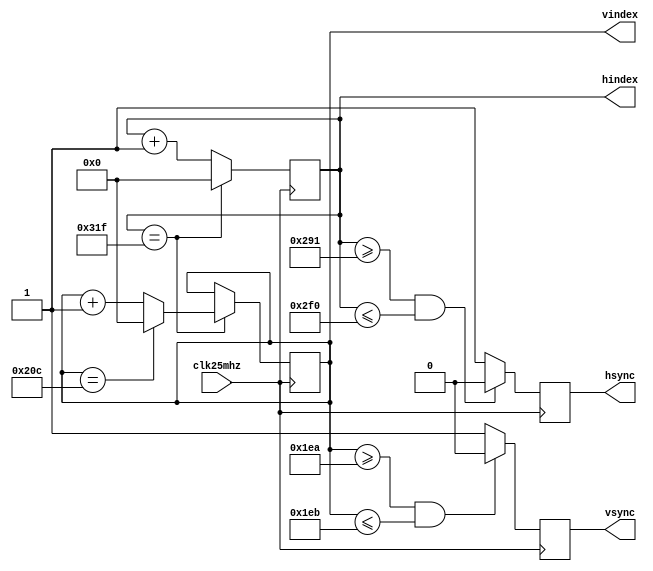
module vga_timing(
	clk25mhz,
	hindex,
	vindex,
	hsync,
	vsync
);
input wire clk25mhz;
output reg[9:0] hindex = 0;
output reg[9:0] vindex = 0;
output reg hsync;
output reg vsync;
always @ (posedge clk25mhz) begin: indexes
	if(hindex == 799) begin
		hindex <= 0;
		if(vindex == 524) begin
			vindex <= 0;
		end else begin
			vindex <= vindex + 1;
		end
	end else begin
		hindex <= hindex + 1;
	end
end
always @ (posedge clk25mhz) begin: vsync_output
	if(vindex >= 490 && vindex <= 491) begin
		vsync <= 0;
	end else begin
		vsync <= 1;
	end
end
always @ (posedge clk25mhz) begin: hsync_output
	if(hindex >= 657 && hindex <= 752) begin
		hsync <= 0;
	end else begin
		hsync <= 1;
	end
end
endmodule